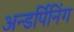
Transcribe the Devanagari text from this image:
अन्डर्पिनिंग